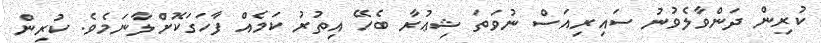
ކުރިން ދަންވާލެވުނު ސައިރިއަސް ނުވަތަ ޝިޢުރާ ބެހޭ އިތުރު ކަމެއް ފާހަގަކޮށްލާނަމެވެ. ކުރިން